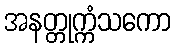
အနတ္တုက္ကံသကော